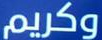
وكريم